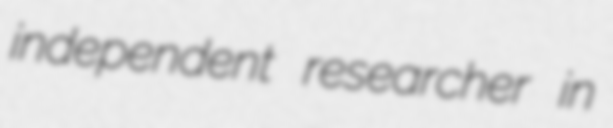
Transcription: independent researcher in